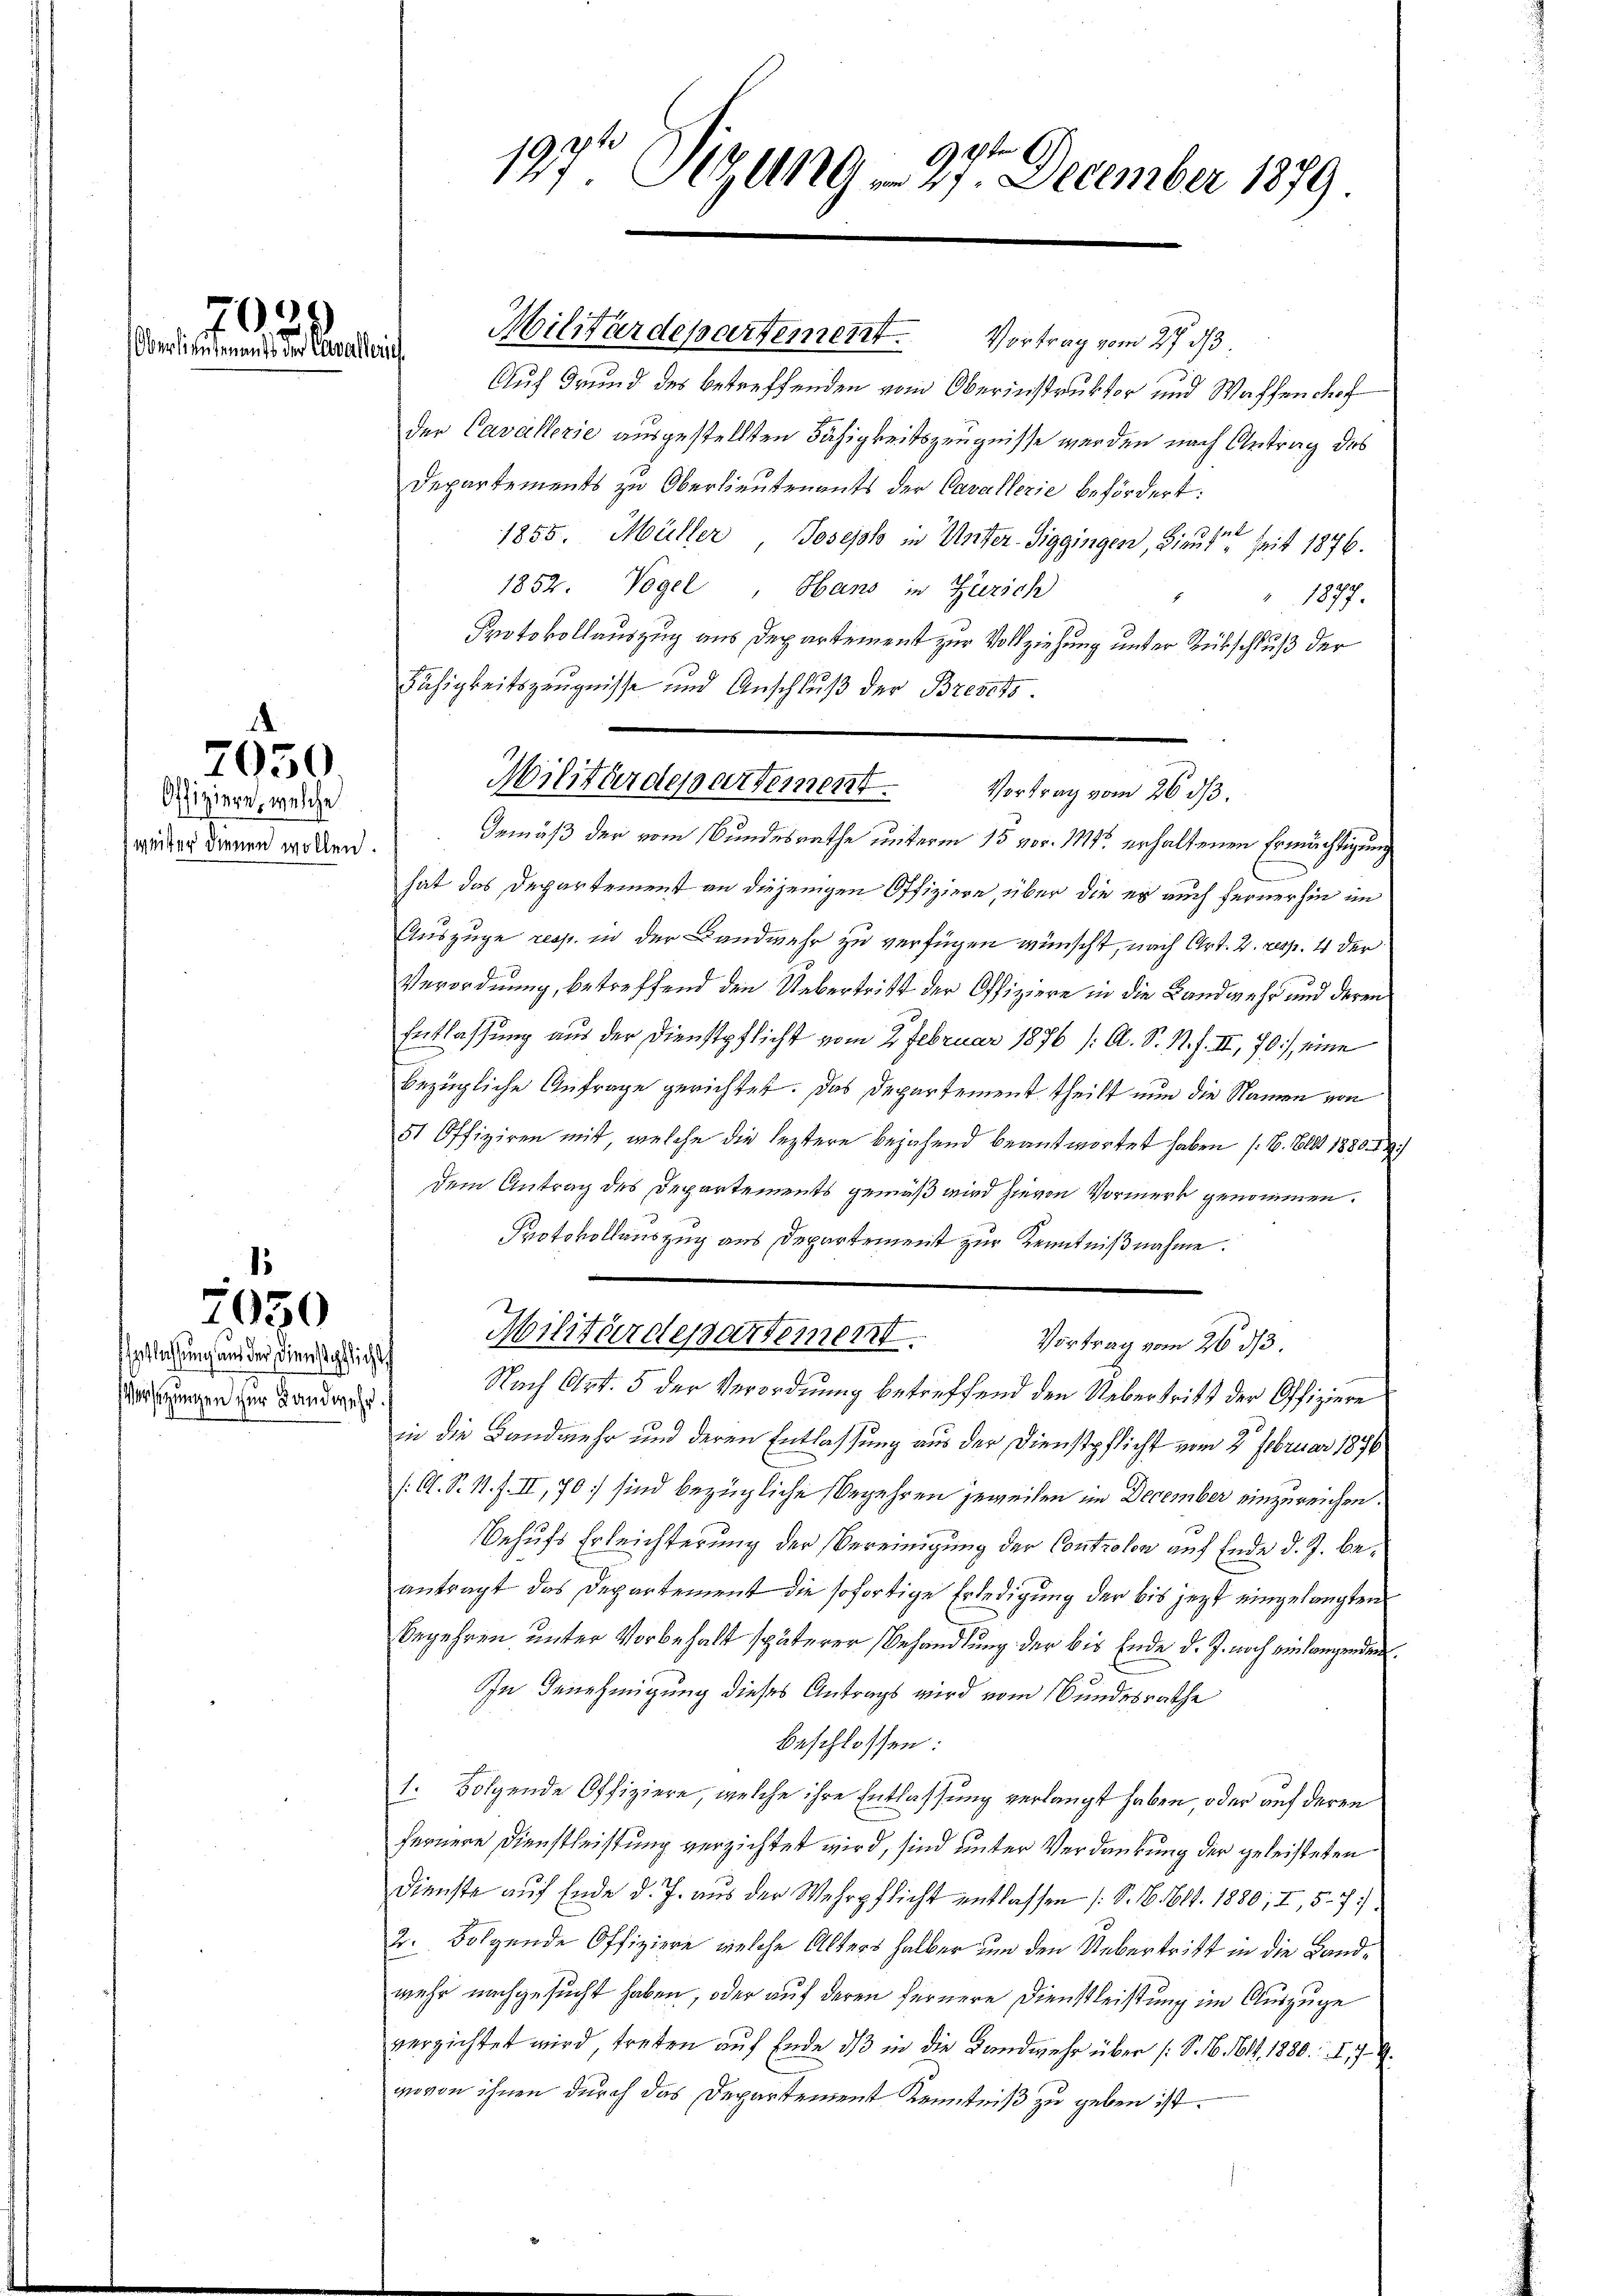
700
Oberlieutenants der Cavallerich

Offiziere, welche
weiter dienen wollen.

7050.

2050

spflichung und der Dienstpflichts
Versitzungen zur Landwehr.

Fähigkeitszeugnisse und Anschluß der Brevets.
Militärdepartement.
Vortrag vom 26. ds.

94.
197 Al. 119 n 27. December 1879.

Militärdepartement. Vortrag vom 27. d.
Auf Grund des betreffenden vom Oberinstruktor und Wachsen doch
der Cavallerie ausgestellten Fähigkeitszeugnisse werden nach Antrag des
Departements zu Oberlieutenants der Cavallerie befördert.
1855. Müller, Joseph in Unter-Siggingen, Lieute seit 1876.
1852. Vogel, Hans in Zürich
1877.
1
Protokollauszug aus Departement zur Vollziehung unter Rükschluß der
Gemäß der vom Bundesrathe unterm 15 vor. Mts. erhaltenen Ermächtigung
hat das Departement an diejenigen Offiziere, über die es auch fernerhin im
Auszüge resp. in der Landwehr zu verfügen wünscht, nach Art. 2. resp. 4 der
Verordnung, betreffend den Uebertritt der Offiziere in die Landwehr und deren
Entlassung aus der Dienstpflicht vom 2. Februar 1876 /: A. S. N. F. II, 70), eine
bezügliche Anfrage gerichtet. Das Departement theilt nun die Namen von
51 Offiziren mit, welche die leztere bejahend beantwortet haben (1. Ell 1880. 19.
dem Antrag des Departements gemäß wird hievon Vormerk genommen.
Protokollauszug aus Departement zur Kenntnißnahme.
Militärdepartement.
Vortrag vom 26. ds.
Nach Art. 5 der Verordnung betreffend den Uebertritt der Offiziere
in die Landmehr und deren Entlassung aus der Dienstpflicht vom 2 Februar 1896
/: A. S. 1. f. II, 70 sind bezügliche Begehren jeweilen im December einzureichen.
Behufs Erleichterung der Bereinigung der Controlon auf Ende d. J. beantragt das Departement die sofortige Erledigung der bis jezt eingelangten
Begehren unter Vorbehalt späterer Behandlung der bis Ende d. J. noch einlangenden.
In Genehmigung dieses Antrags wird vom Bundesrathe
beschlossen:
1. Folgende Offiziere, welche ihre Entlassung verlangt haben oder auf deren
fernere Dienstleistung verzichtet wird, sind unter Verdankung der geleisteten
Dienste auf Ende d. J. aus der Wehrpflicht entlassen (S. 161. 1880, I, 5-7.
2. Folgende Offiziere, welche Alters halber um den Uebertritt in die Landmehr nachgesucht haben, oder auf deren fernere Dienstleistung im Auszuge
verzichtet wird, treten auf Ende des in die Landwehr über (S. 16. 1611, 1880. I. 179
gievon ihnen durch das Departement Kenntniß zu geben ist.